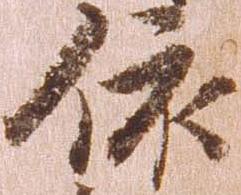
依